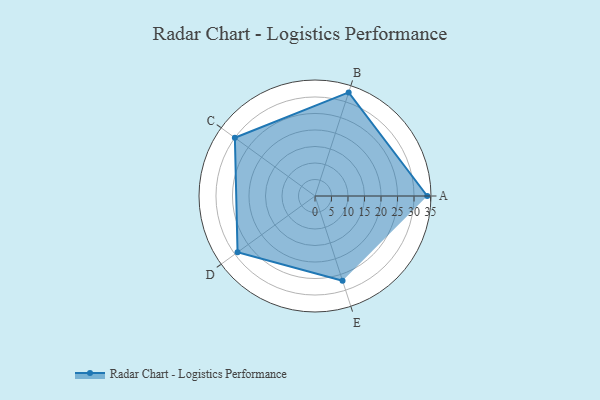
{"axis": {"x": "Skill", "y": "Score"}, "legend": ["Profile"], "data": [{"x": "A", "y": 34.0, "type": "Profile"}, {"x": "B", "y": 33.0, "type": "Profile"}, {"x": "C", "y": 30.0, "type": "Profile"}, {"x": "D", "y": 29.0, "type": "Profile"}, {"x": "E", "y": 27.0, "type": "Profile"}]}